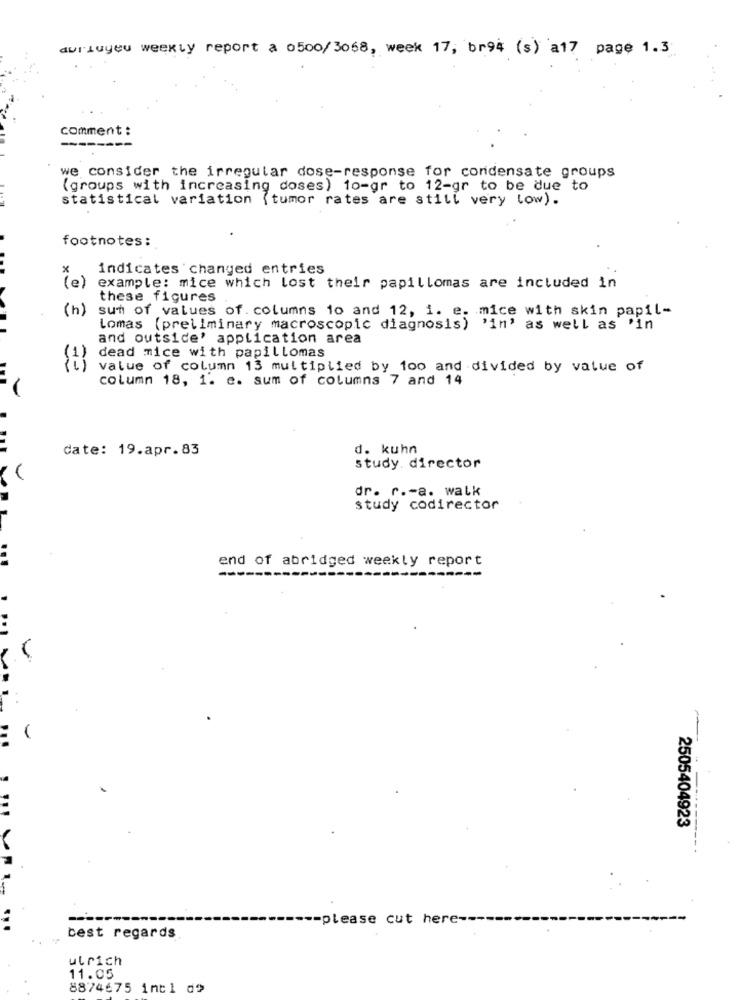
durbuyeu weekly report a 0500/3058, week 17, br94 (s) a17 page 1.3
comment :
we consider the irregular dose-response for condensate groups
(groups with increasing doses) 10-gr to 12-gr to be due to
statistical variation (tumor rates are still very low).
footnotes:
indicates changed entries
(e)
example: mice which lost their papillomas are included in
these figures
(h)
sum of values of columns 10 and 12, i. e. mice with skin papil-
Lomas (preliminary macroscopic diagnosis)
"in' as well as 'in
and outside' application area
1)
dead mice with papillomas
(1) value of column 13 multiplied by 100 and divided by value of
column 18, 1. e. sum of columns 7 and 14
-
date: 19.apr.83
d. kuhn
study. director
dr. r .- a. walk
study codirector
end of abridged weekly report
---
2505404923
-- please cut here ---
best regards
ulrich
11.05
8874675 intl do